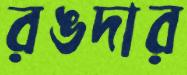
রঙদার